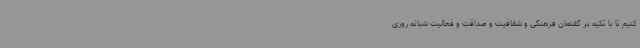
کنیم تا با تکیه بر گفتمان فرهنگی و شفافیت و صداقت و فعالیت شبانه روزی